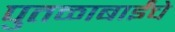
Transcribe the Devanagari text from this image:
पुतळाबाईंचे